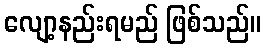
လျော့နည်းရမည် ဖြစ်သည်။